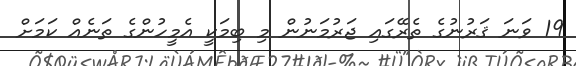
19 ވަނަ ޤަރުނުގެ ތެރޭގައި ޖަރުމަނުން މި ބިމަކީ އެމީހުންގެ ތަނެއް ކަމަށް